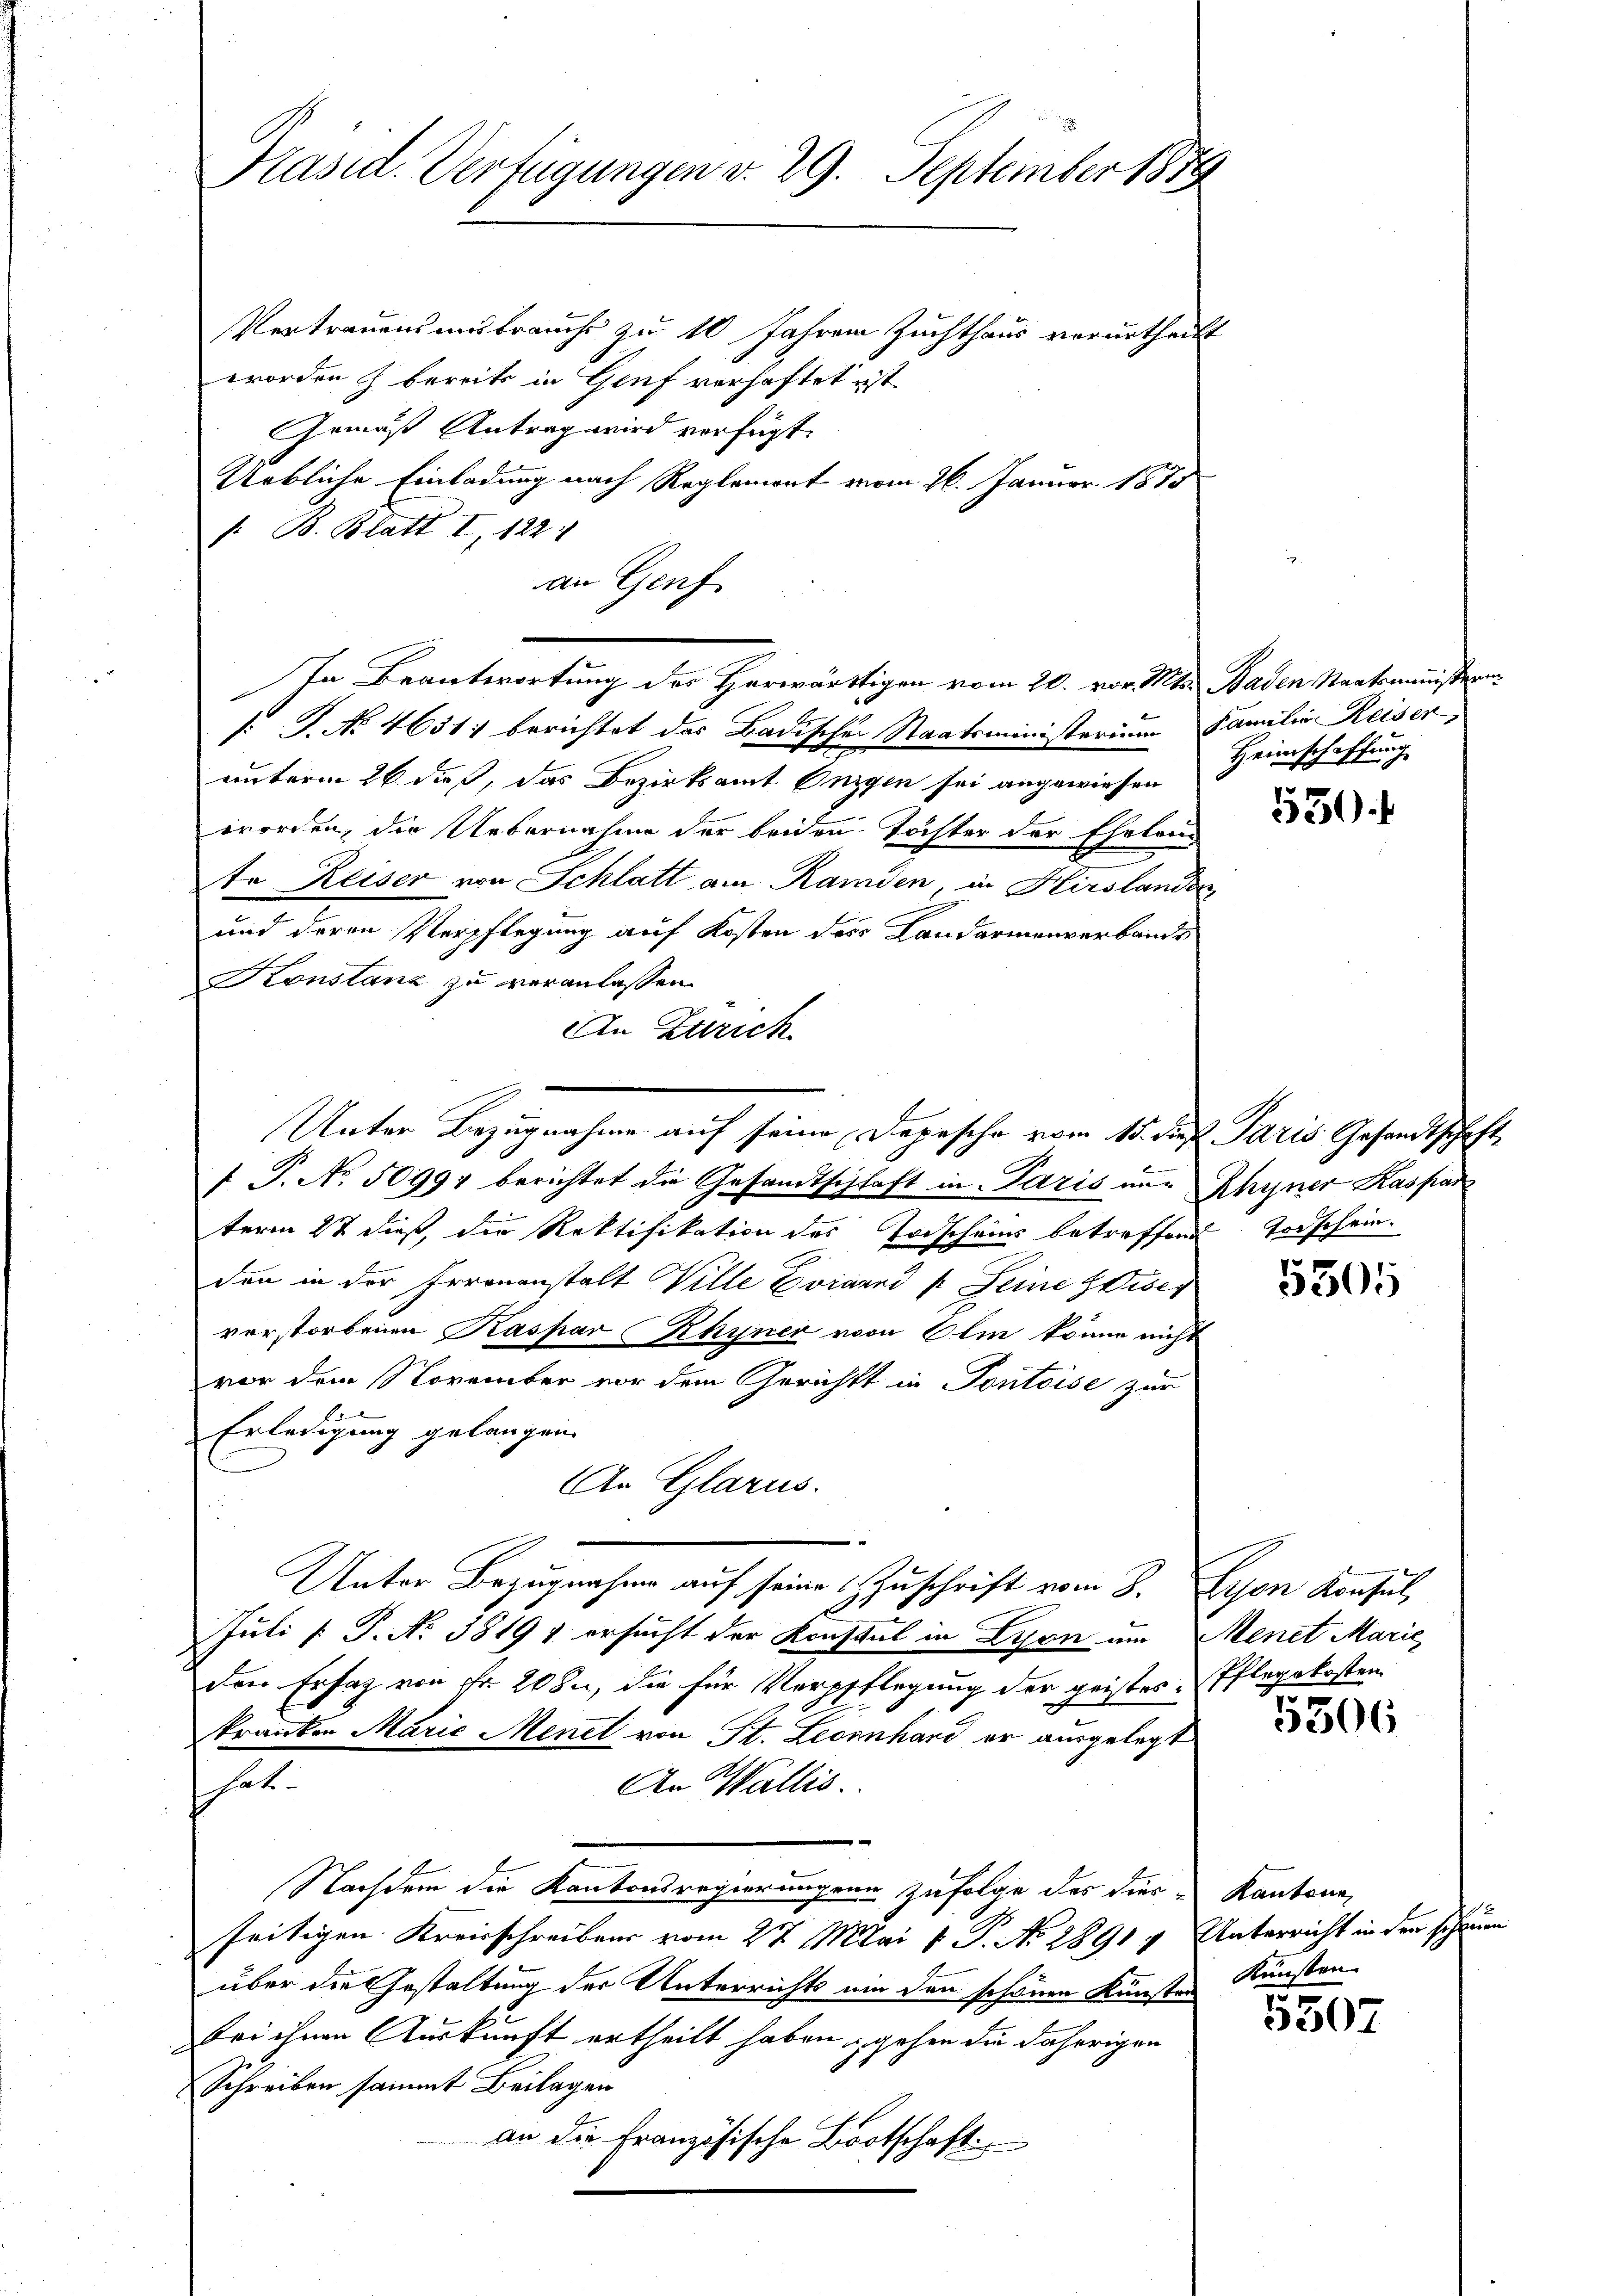
Käsid. Verfügungen v. 29. September 1879
Vertrauensmutrauchs zu 10 Jahren Zuchthaus verurtheilt
worden & bereits in Genf verhaftet ist.
Gemäß Antrag wird verfügt:
Uebliche Einladung nach Reglement vom 26. Januar 1875

/ B. Blatt I, 122.
an Genf
In Beantwortung des Herwärtigen vom 20. vor. Mts. Baden Staatsaministern
.P. No 4631. berichtet das Badischen Staatsministerium
unterm 26. dieß, das Bezirksamt Onigen sei angewiesen
worden, die Uebernahme der beiden Töchter der Ehelei
te Reiser von Schlatt am Ramden, in Hirslani
und deren Verpflegung auf Kosten des Landarmenverbande
Konstanz zu veranlassen.
An Zürich
f P. No. 50997 berichtet die Gesandtschlaft in Paris aus
term 27 dieß, die Rektifikation des Todscheins betreffen
den in der Irrenanstalt Wille Eviannd / Seine Weiser
verstorbenen Kaspar Rhyner von Olm könne nich
vor dem November vor dem Gerichts in Pontoise zur
Erledigung gelangen.
An Glarus.
Unter Bezugnahme auf seine Zuschrift vom 3.
Juli [ P. No 38197 ersucht der Konstal in Lyon am
den Ersatz von Nr. 208, die für Verpflegung der geisteskranken Marie Menet von St. Leonhard er ausgelegt
hat.
An Wallis.
Nachdem die Kantonsregierungen zufolge des dies-
seitigen Kreisschreibens vom 27. Mai 1 P. No 2891
über die Gestaltung der Unterrichts ein den schönen Kunste
bei ihnen Auskunft ertheilt haben, gehen die daherigen
Schreiben sammt Beilagen
an die Französische Bootschaft

Unter Bezugnahme auf seine Depesche vom 15. dieß Paris Gesandtschaft

Familie Reiser,
Heimschaffung

530.

Rhyner Kaspar
Torschein.

5505

Syon Konsul
Menet Marie
Pflegekosten.

5306

Kantone,
Unterricht in dem schönen
Künsten

5507